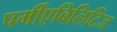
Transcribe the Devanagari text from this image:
पर्मीएबिलिटिज